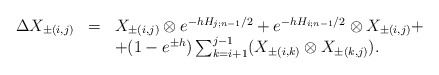
\begin{align*}\begin{array}{lcl}\Delta X_{\pm (i,j)} & = & X_{\pm (i,j)} \otimes e^{-hH_{j;n-1}/2} + e^{-hH_{i;n-1}/2} \otimes X_{\pm (i,j)}+ \\ & & + (1-e^{\pm h})\sum_{k=i+1}^{j-1} (X_{\pm (i,k)} \otimes X_{\pm (k,j)} ).\end{array}\end{align*}